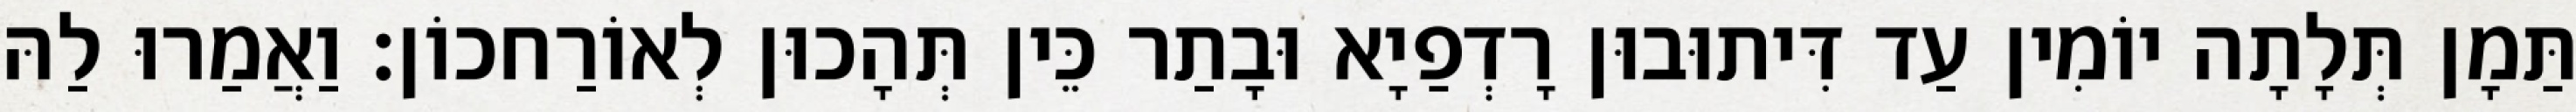
תַּמָן תְּלָתָה יוֹמִין עַד דִּיתוּבוּן רָדְפַיָא וּבָתַר כֵּין תְּהָכוּן לְאוֹרַחכוֹן׃ וַאֲמַרוּ לַהּ